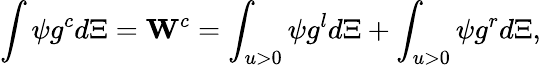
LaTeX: \int{\psi}{{g}^{c}}d\Xi={{\mathbf{W}}^{c}}=\int_{u>0}{\psi{{g}^{l}}d\Xi}+\int_{u>0}{\psi{{g}^{r}}d\Xi},